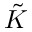
\tilde { K }